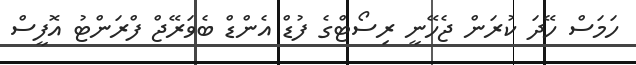
ހަމަސް ހޭދަ ކުރަން ޖެހޭނީ ރިސޯޓްގެ ފުޑް އެންޑް ބެވަރޭޖް ފްރަންޓު އޮފީސް